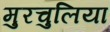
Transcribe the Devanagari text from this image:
मुरचुलिया